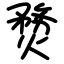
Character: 熃